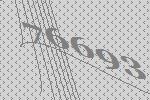
76693